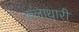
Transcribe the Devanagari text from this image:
कलाधारी